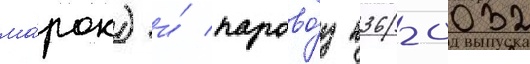
ма́рок) и́ парово́з п36-0032